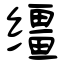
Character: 缰